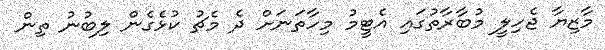
މާޒިޔާ ޖެހިލީ މުބާރާތުގައި އެޓީމު މިހާތަނަށް ދެ މެޗު ކުޅެގެން ލިބުނު ތިން